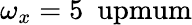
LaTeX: \omega_{x}=5~\mathrm{\ upmum}